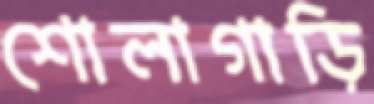
শোলাগাড়ি